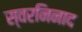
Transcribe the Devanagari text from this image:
स्वरनिनाद